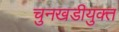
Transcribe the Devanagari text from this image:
चुनखडीयुक्त